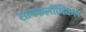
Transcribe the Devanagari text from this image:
सायकलॉजिकल